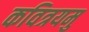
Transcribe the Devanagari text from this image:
कवित्रयमु